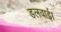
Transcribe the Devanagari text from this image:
डलवाई।